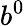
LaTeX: b^{0}